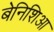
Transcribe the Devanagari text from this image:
बेनिशिआ